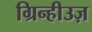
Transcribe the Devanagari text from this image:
ग्रिन्हीउज़